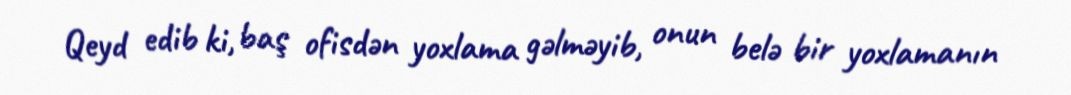
Qeyd edib ki, baş ofisdən yoxlama gəlməyib, onun belə bir yoxlamanın